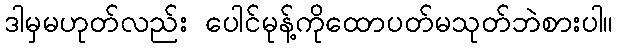
ဒါမှမဟုတ်လည်း ပေါင်မုန့်ကိုထောပတ်မသုတ်ဘဲစားပါ။